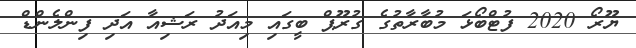
ޔޫރޯ 2020 ފުޓްބޯޅަ މުބާރާތުގެ ގުރޫޕް ބީގައި މިއަދު ރަޝިއާ އަދި ފިންލެންޑް